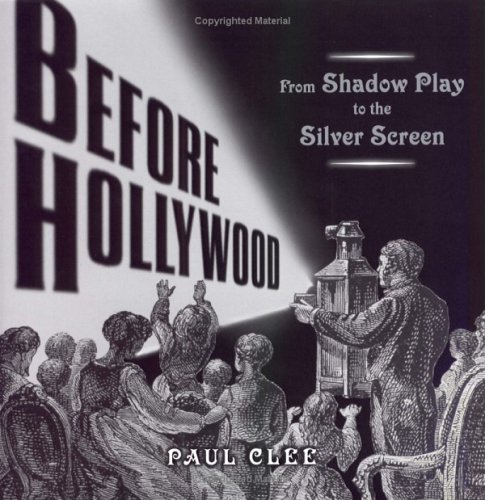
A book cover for Before Hollywood: From Shadow Play to the Silver Screen; Paul Clee; Teen & Young Adult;